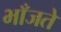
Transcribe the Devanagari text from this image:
भाँजते